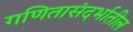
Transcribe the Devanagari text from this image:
गणितासंदर्भातील